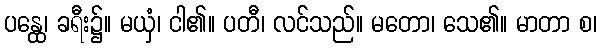
ပန္ထေ၊ ခရီး၌။ မယှံ၊ ငါ၏။ ပတီ၊ လင်သည်။ မတော၊ သေ၏။ မာတာ စ၊